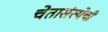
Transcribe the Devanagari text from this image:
चेतासंस्थेची